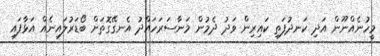
މީހުނެއްނޫން އަދި ކަނދުފަތި ކައިރިން ވަދު ދެމުން މަނާސަރަހައްދު އެނގޭގޮތަށް ބޯޑަރުލައިނެއް އަޅާފައި